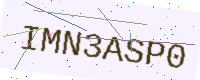
Text: IMN3ASP0